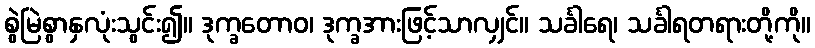
စွဲမြဲစွာနှလုံးသွင်း၍။ ဒုက္ခတောဝ၊ ဒုက္ခအားဖြင့်သာလျှင်။ သင်္ခါရေ၊ သင်္ခါရတရားတို့ကို။